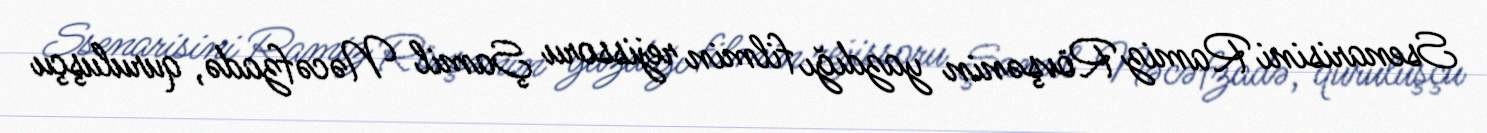
Ssenarisini Ramiz Rövşənin yazdığı filmin rejissoru Şamil Nəcəfzadə, quruluşçu